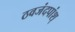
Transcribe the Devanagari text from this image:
ठवजंदपांश्